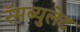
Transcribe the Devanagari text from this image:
रॅमब्युलेट